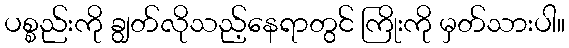
ပစ္စည်းကို ချွတ်လိုသည့်နေရာတွင် ကြိုးကို မှတ်သားပါ။